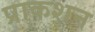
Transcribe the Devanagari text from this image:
प्राकशन